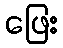
ဖြေး